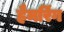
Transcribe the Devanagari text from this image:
हैमरिंग